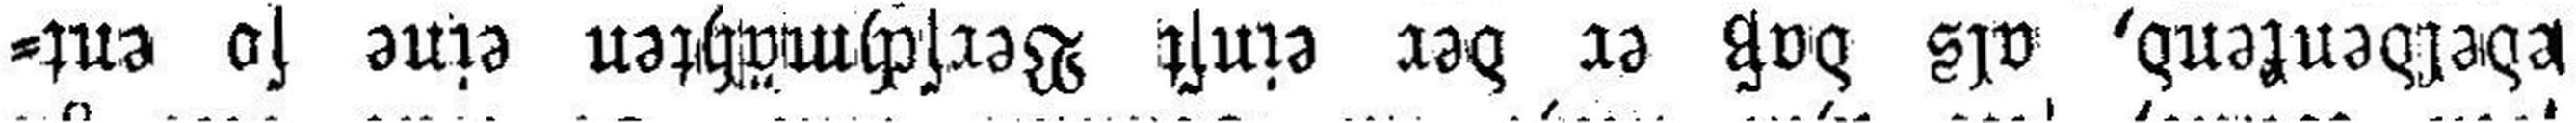
edeldenkend, als daß er der einst Verschmähten eine so ent¬